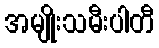
အမျိုးသမီးပါတီ